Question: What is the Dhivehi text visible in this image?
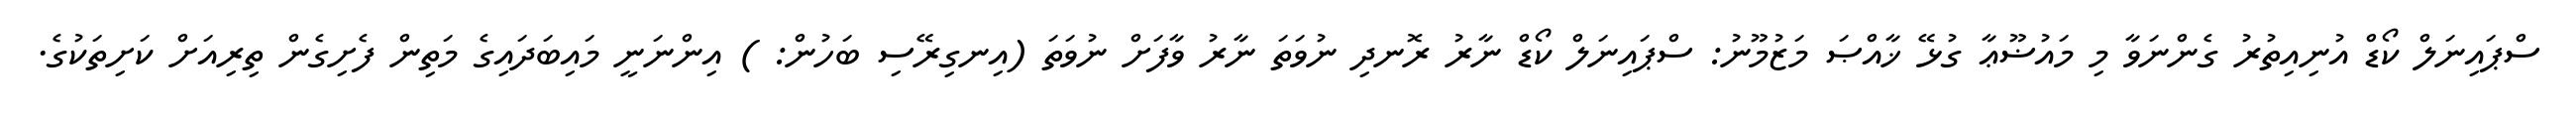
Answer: ސްޕައިނަލް ކޯޑް އުނިއިތުރު ގެންނަވާ މި މައުޟޫޢާ ގުޅޭ ޚާއްޞަ މަޒުމޫނު: ސްޕައިނަލް ކޯޑް ނާރު ރޮނދި ނުވަތަ ނާރު ވާފަށް ނުވަތަ (އިނގިރޭސި ބަހުން: ) އިންނަނީ މައިބަދައިގެ މަތިން ފެށިގެން ތިރިއަށް ކަށިތަކުގެ.